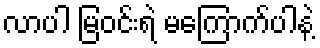
လာပါ မြဝင်းရဲ မကြောက်ပါနဲ့